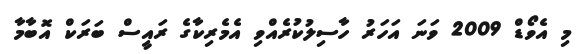
މި އެވޯޑް 2009 ވަނަ އަހަރު ހާސިލުކުރެއްވި އެމެރިކާގެ ރައީސް ބަރަކް އޮބާމާ